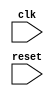
module Loop (
    input clk,
    input reset,
    // Other input ports
    
    // Output ports
);

reg [7:0] count;
reg enable_loop;

always @(posedge clk or posedge reset) begin
    if (reset) begin
        count <= 8'b0;
        enable_loop <= 1'b1;
    end else begin
        if (enable_loop) begin
            // Condition for loop continuation
            if (count < 8'b11111111) begin
                // Statements within the loop
                // Increment count
                count <= count + 1;
            end else begin
                // Exit the loop
                enable_loop <= 1'b0;
            end
        end
    end
end

endmodule